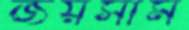
জয়সীম